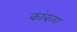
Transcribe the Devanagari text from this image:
कांबळा